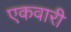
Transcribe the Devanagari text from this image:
एकवारी